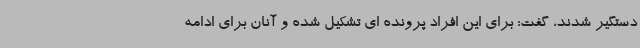
دستگیر شدند، گفت: برای این افراد پرونده ای تشکیل شده و آنان برای ادامه